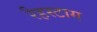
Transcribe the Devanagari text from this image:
रैहस्टाग